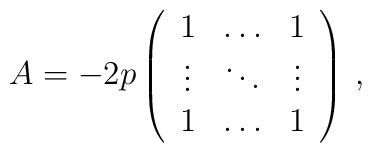
A = -2p\left(\begin{array}{ccc}                 1 & \ldots & 1 \\            \vdots & \ddots & \vdots \\                 1 & \ldots & 1          \end{array}\right)\,,